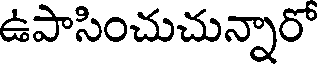
ఉపాసించుచున్నారో